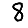
Digit: 8